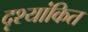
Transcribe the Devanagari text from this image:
दृश्यांकित